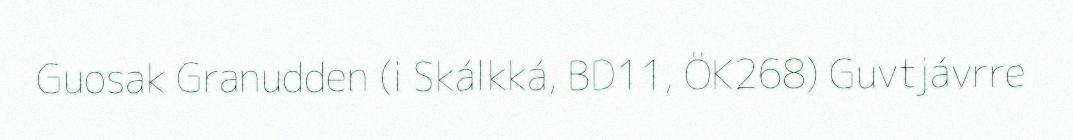
Guosak Granudden (i Skálkká, BD11, ÖK268) Guvtjávrre